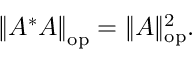
\left\| A ^ { * } A \right\| _ { \mathrm { o p } } = \| A \| _ { \mathrm { o p } } ^ { 2 } .